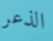
الذعر